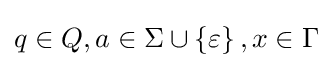
q\in Q,a\in \Sigma \cup \left\{\varepsilon \right\},x\in \Gamma